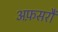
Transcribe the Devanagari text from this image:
अफ़सरौं